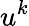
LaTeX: u^{k}